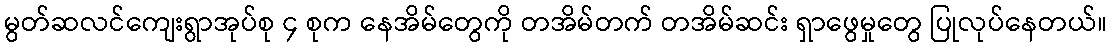
မွတ်ဆလင်ကျေးရွာအုပ်စု ၄ စုက နေအိမ်တွေကို တအိမ်တက် တအိမ်ဆင်း ရှာဖွေမှုတွေ ပြုလုပ်နေတယ်။